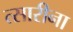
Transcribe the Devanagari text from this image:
त्सारीना